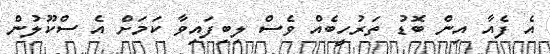
އެ ފެއާ އިން ބޮޑު ތަރުހީބެއް ވެސް ލިބިފައިވާ ކަމަށް އެ ސްކޫލުން